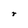
Character: r